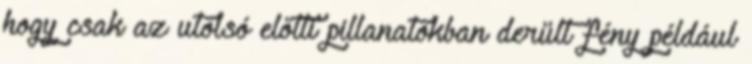
hogy csak az utolsó előtti pillanatokban derült fény például